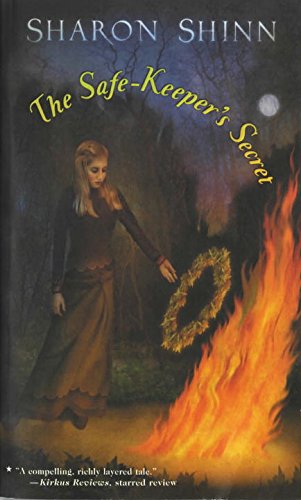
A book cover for The Safe-Keeper's Secret; Sharon Shinn; Teen & Young Adult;